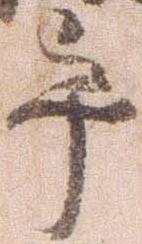
畢